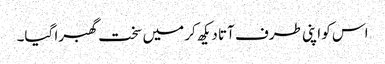
اس کو اپنی طرف آتا دیکھ کر میں سخت گھبرا گیا۔